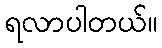
ရလာပါတယ်။